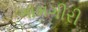
ગામગીરી